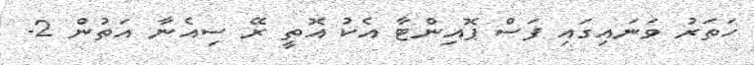
ހަތަރު ވަނައިގައި ފަސް ޕޮއިންޓާ އެކު އޮތީ ރޭ ސިއެނާ އަތުން 2-